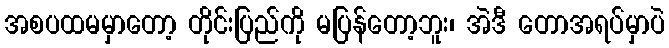
အစပထမမှာတော့ တိုင်းပြည်ကို မပြန်တော့ဘူး၊ အဲဒီ တောအရပ်မှာပဲ